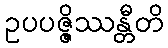
ဥပပဇ္ဇိဿန္တီတိ